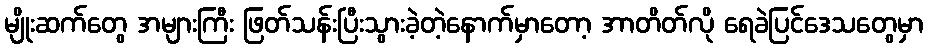
မျိုးဆက်တွေ အများကြီး ဖြတ်သန်းပြီးသွားခဲ့တဲ့နောက်မှာတော့ အာတိတ်လို ရေခဲပြင်ဒေသတွေမှာ